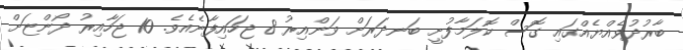
ބާރުދުވެއްޔެއްގައި ގޮސް ކޮލަމާފުށީ ބަނދަރަށް ވަންއިރު 8 ޖަހައިފާނެއެވެ. 10 ޖަހާއިރު ދޯންޏަށް